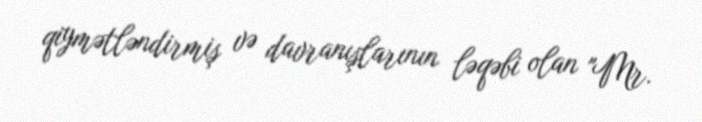
qiymətləndirmiş və davranışlarının ləqəbi olan "Mr.